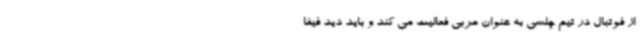
از فوتبال در تیم چلسی به عنوان مربی فعالیت می کند و باید دید فیفا